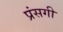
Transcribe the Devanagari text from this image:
प्रंसगी